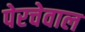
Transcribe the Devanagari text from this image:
पेरचेवाल